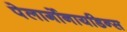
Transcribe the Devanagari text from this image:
पेलार्गोनायडिन्स